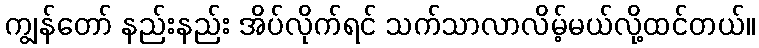
ကျွန်တော် နည်းနည်း အိပ်လိုက်ရင် သက်သာလာလိမ့်မယ်လို့ထင်တယ်။